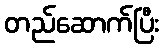
တည်ဆောက်ပြီး